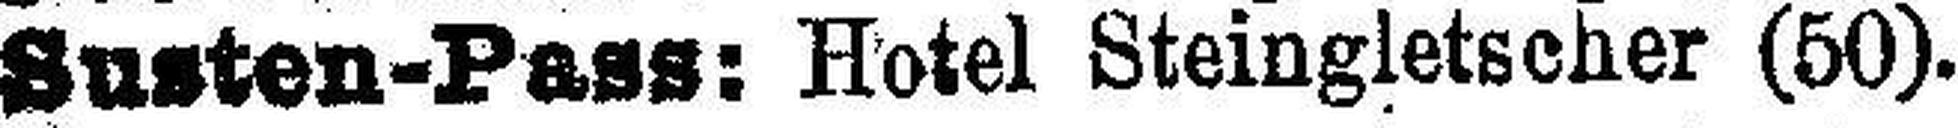
Susten-Pass: Hotel Steingletscher (50).